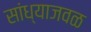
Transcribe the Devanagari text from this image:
सांध्याजवळ